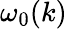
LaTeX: {\omega}_{0}(k)